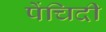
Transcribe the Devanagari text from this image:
पेंचिदी